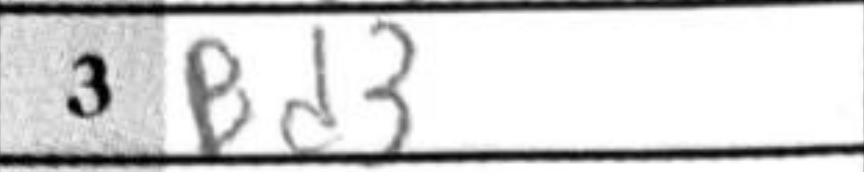
Transcription: Bd3